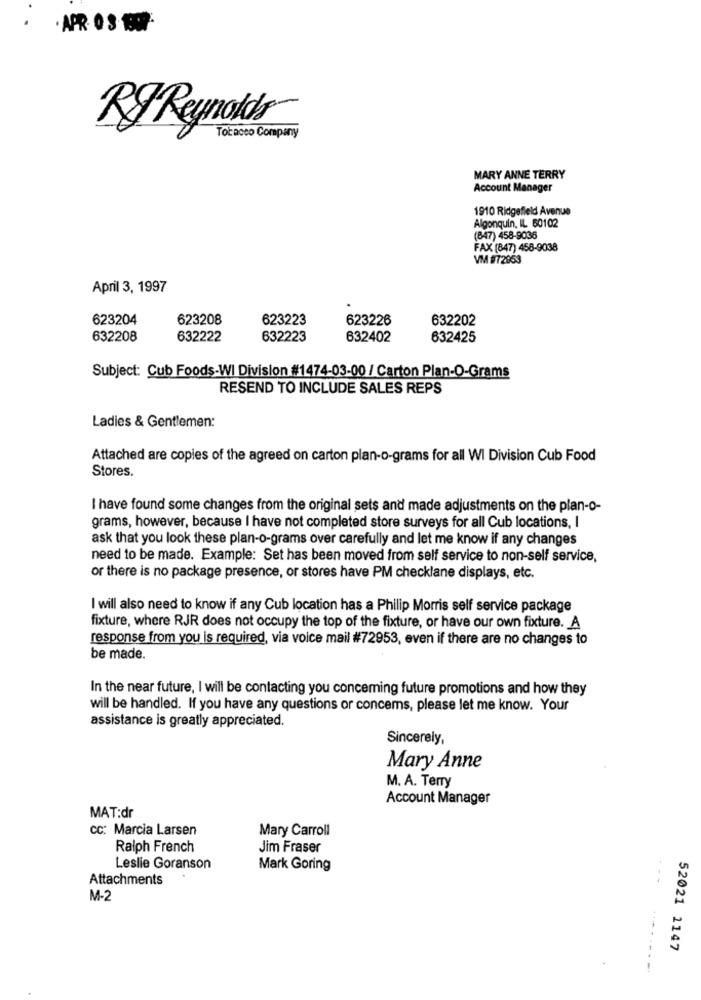
.
. APR- 0 3 -1997-
-
Rg Reynolds
Tobacco Company
MARY ANNE TERRY
Account Manager
1910 Ridgefield Avenue
Algonquin, IL 60102
(847) 458-9036
FAX (847) 458-9038
VM #72053
April 3, 1997
623204
623208
623223
623226
632202
632208
632222
632223
632402
632425
Subject: Cub Foods-WI Division #1474-03-00 / Carton Plan-O-Grams
RESEND TO INCLUDE SALES REPS
Ladies & Gentlemen:
Attached are copies of the agreed on carton plan-o-grams for all WI Division Cub Food
Stores.
I have found some changes from the original sets and made adjustments on the plan-o-
grams, however, because I have not completed store surveys for all Cub locations, I
ask that you look these plan-o-grams over carefully and let me know if any changes
need to be made. Example: Set has been moved from self service to non-self service,
or there is no package presence, or stores have PM checklane displays, etc.
I will also need to know if any Cub location has a Philip Morris self service package
fixture, where RJR does not occupy the top of the fixture, or have our own fixture. A
response from you is required, via voice mail #72953, even if there are no changes to
be made.
In the near future, I will be contacting you concerning future promotions and how they
will be handled. If you have any questions or concems, please let me know. Your
assistance is greatly appreciated.
Sincerely,
Mary Anne
M. A. Terry
Account Manager
MAT:dr
CC: Marcia Larsen
Mary Carroll
Ralph French
Jim Fraser
Leslie Goranson
Mark Goring
Attachments
M-2
52021 1147